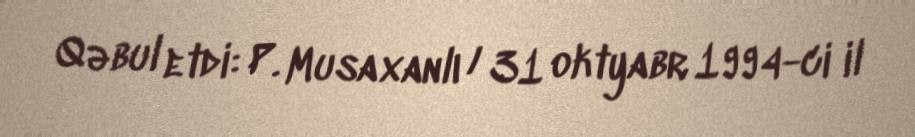
Qəbul etdi: P. Musaxanlı / 31 oktyabr 1994-ci il